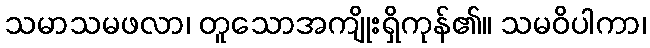
သမာသမဖလာ၊ တူသောအကျိုးရှိကုန်၏။ သမဝိပါကာ၊